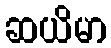
ဆယိမာ